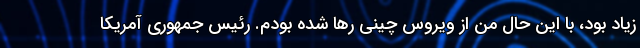
زیاد بود، با این حال من از ویروس چینی رها شده بودم. رئیس جمهوری آمریکا